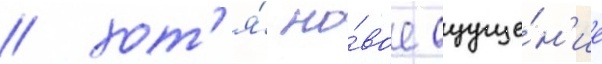
/ хот'я́ но́вое ощуще́н'ие